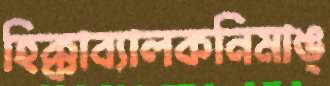
হিক্কাব্যালকনিমাঙ্